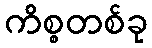
ကိစ္စတစ်ခု